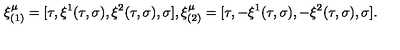
\xi _ { ( 1 ) } ^ { \mu } = [ \tau , \xi ^ { 1 } ( \tau , \sigma ) , \xi ^ { 2 } ( \tau , \sigma ) , \sigma ] , \xi _ { ( 2 ) } ^ { \mu } = [ \tau , - \xi ^ { 1 } ( \tau , \sigma ) , - \xi ^ { 2 } ( \tau , \sigma ) , \sigma ] .